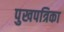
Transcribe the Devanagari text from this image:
पुखपत्रिका